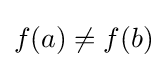
f(a)\neq f(b)